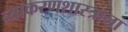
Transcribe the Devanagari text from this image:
व्याकरणशास्त्राला